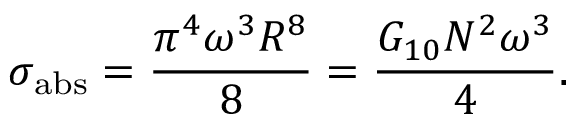
\sigma _ { \mathrm { a b s } } = \frac { \pi ^ { 4 } \omega ^ { 3 } R ^ { 8 } } { 8 } = \frac { G _ { 1 0 } N ^ { 2 } \omega ^ { 3 } } { 4 } .